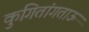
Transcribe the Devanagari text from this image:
कुगितांगताऊ